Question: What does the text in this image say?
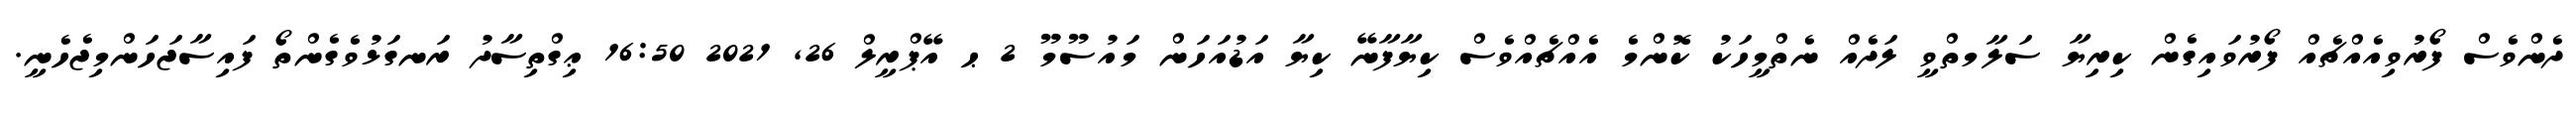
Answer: ދެންވެސް ފޯރުވިއެއްޗެއް ފޯރުވައިގެން ކިރިޔާ ސަލާމތްވީ ލަދެއް ނެތްމީހަކު ކޮންމެ އެއްޗެއްވެސް ކިޔާފާނޭ ކިޔާ އަޑުއަހަން މައުސޫމޫ 2 ޙ އޭޕްރީލް 26, 2021 16:50 ޢިގްތިސާދު ރަނގަޅުވެގެންތޯ ފައިސާޖަހަންމިޖެހެނީ.